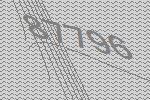
87796